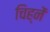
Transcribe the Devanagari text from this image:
चिह्नें